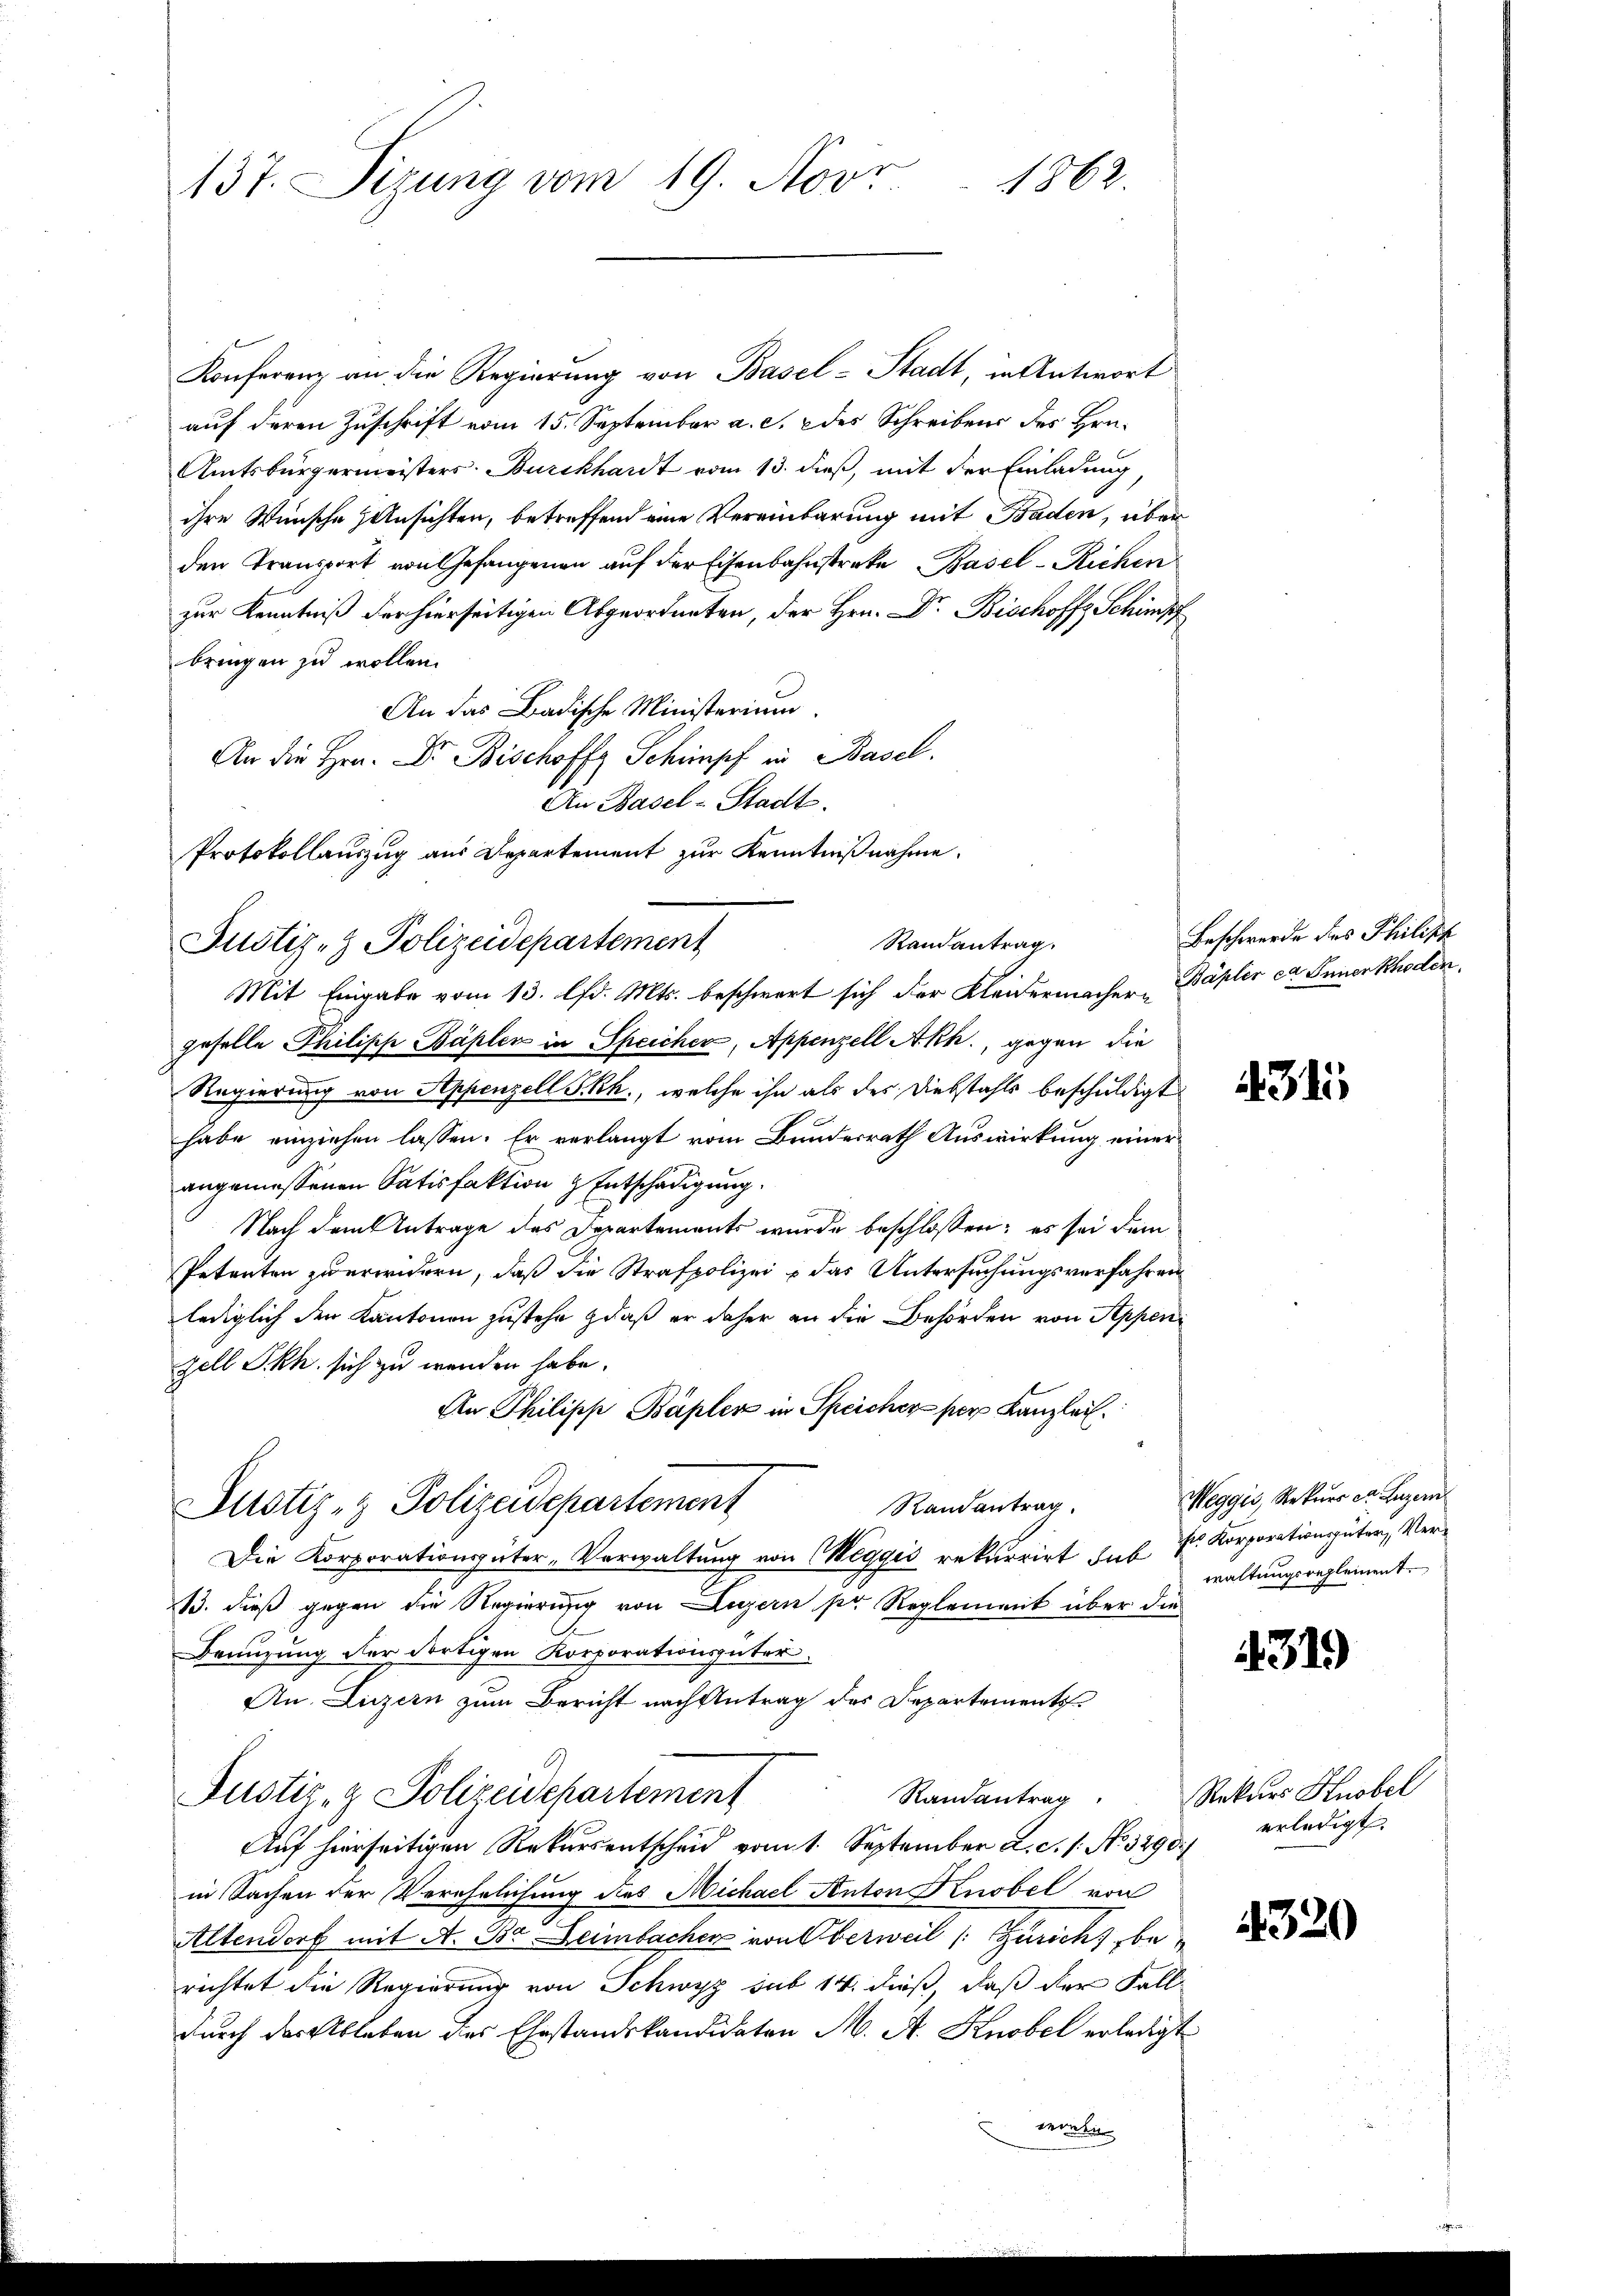
1862.
137. Sizung vom 19. Nov.

Konferenz an die Regierung von Basel-Stadt, in Antwort
auf deren Zuschrift vom 15. September a. c. 2 des Schreibens des Hrn.
Amtsbürgermeisters. Burckhardt vom 13. dieß, mit der Einladung,
ihre Wünsche Hinsichten, betreffend eine Vereinbarung mit Baden, über
den Transport von Gefangenen auf der Eisenbahnstreke Basel - Riehen
zur Kenntniß der hierseitigen Abgeordneten, der Hrn. Dr. Bischoffs Schimpf
bringen zu wollen.
An das Badische Ministerium
An die Hrn. Dr. Bischoffe Schimpf in Basel.
An Basel-Stadt.
Protokollauszug aus Departement zur Kenntnißnahme.
Justiz- & Polizeidepartement
Mit Eingabe vom 13. lfd. Mts. beschwert sich der Kleidermacher, Däpler ca Innerkhoden.
gefalle Philisch-Bäpler in Speicher, Appenzell Akh., gegen die
Regierung von Appenzell S. Rh., welche ihn als des Diebstahls beschuldigt
habe einziehen lassen. Er verlangt vom Bundesrath Auswirkung einer
angemessenen Satisfaktion & Entschädigung.
Nach dem Antrage des Departements wurde beschlossen; es sei dem
Petenten zu erwidern, daß die Strafpolizei & das Untersuchungsverfahren
lediglich den Kantonen zustehe daß er daher an die Behörden von Appen
zell Skh. sich zu wenden habe.
An Philipp Bápler in Speicher per Kanzlei.
Justiz- & Polizeidepartement
Randantrag.
Die Korporationsgüter-Verwaltung von Weggis rekurrirt das P. Korporationsgüter, Ver¬
13. dieß gegen die Regierung von Luzern pr. Reglement über die
Brauzung der dortigen Korporationsgüter
An. Luzern zum Bericht nach Antrag des Departements¬
Randantrag Rekurs Knobel
Justiz- & Polizeidepartement
Auf hierseitigen Rekursentscheid vom 1. September a. c. s. No. 3290.
in Sachen der Verehrlichung des Michael Anton Knobel von
Altendorf mit A. Be. Leimbacher von Oberweil (: Züricht be
richtet die Regierung von Schwyz sub 14. dieß, daß der Fall
durch der Ableben des Ehestandskandidaten M. A. Knobel erledigt
worden.

Randantrag.

Beschwerde des Philisch

31

Meggis, Rekurs et Luzern
waltungsreglement.

319

erledigt.